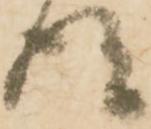
得